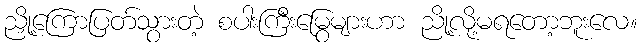
ညှို့ကြောပြတ်သွားတဲ့ စပါးကြီးမြွေများဟာ ညို့လို့မရတော့ဘူးလေ။